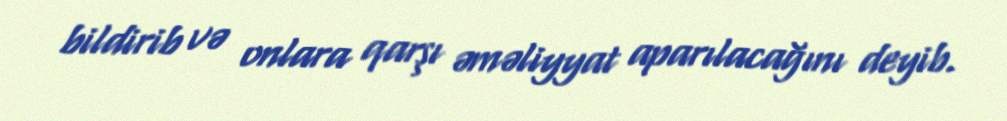
bildirib və onlara qarşı əməliyyat aparılacağını deyib.